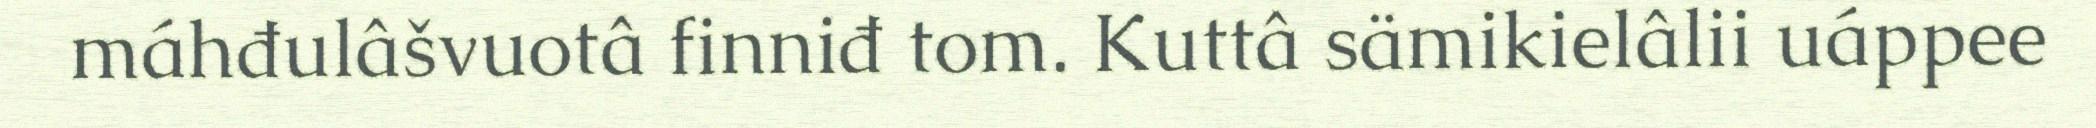
máhđulâšvuotâ finniđ tom. Kuttâ sämikielâlii uáppee